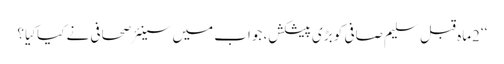
‘‘2ماہ قبل سلیم صافی کو بڑی پیشکش، جواب میں سینئر صحافی نے کیاکِیا؟